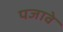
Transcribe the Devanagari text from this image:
पजावे